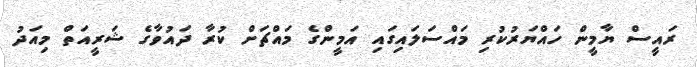
ރައީސް ޔާމީން ހައްޔަރުކުރި މައްސަލައިގައި އަމީންގެ މައްޗަށް ކުރާ ދައުވާގެ ޝަރީއަތް މިއަދު